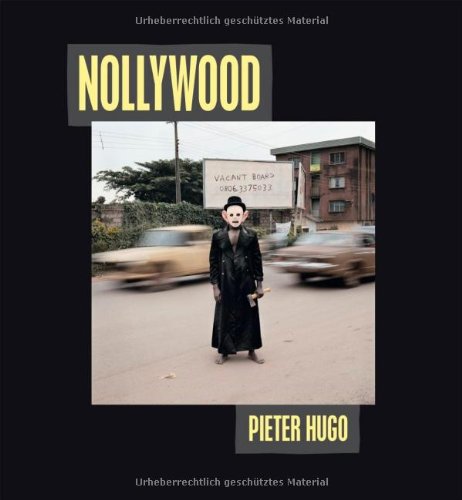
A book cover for Nollywood; Pieter Hugo; Travel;